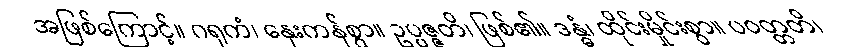
အဖြစ်ကြောင့်။ ဂရုကံ၊ နှေးကန်စွာ။ ဥပ္ပဇ္ဇတိ၊ ဖြစ်၏။ ဒန္ဓံ၊ ထိုင်းမှိုင်းစွာ။ ပဝတ္တတိ၊